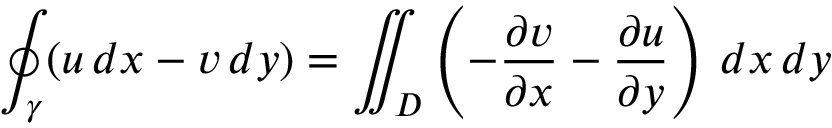
\oint _ { \gamma } ( u \, d x - v \, d y ) = \iint _ { D } \left( - { \frac { \partial v } { \partial x } } - { \frac { \partial u } { \partial y } } \right) \, d x \, d y